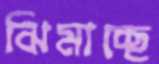
ঝিমাচ্ছে